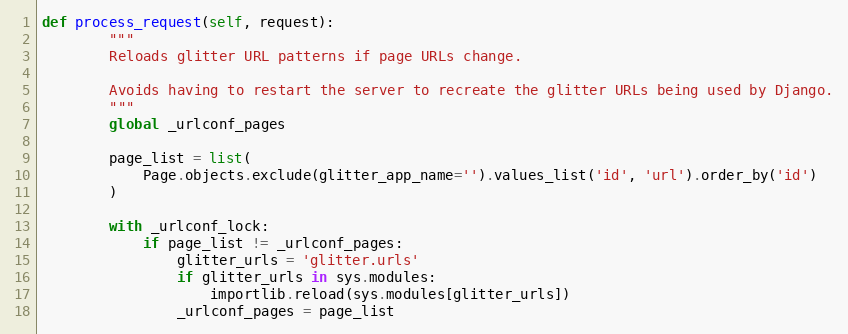
Language: Python
def process_request(self, request):
        """
        Reloads glitter URL patterns if page URLs change.

        Avoids having to restart the server to recreate the glitter URLs being used by Django.
        """
        global _urlconf_pages

        page_list = list(
            Page.objects.exclude(glitter_app_name='').values_list('id', 'url').order_by('id')
        )

        with _urlconf_lock:
            if page_list != _urlconf_pages:
                glitter_urls = 'glitter.urls'
                if glitter_urls in sys.modules:
                    importlib.reload(sys.modules[glitter_urls])
                _urlconf_pages = page_list